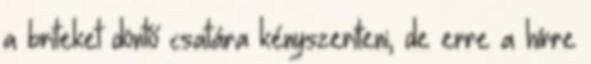
a briteket döntő csatára kényszeríteni, de erre a hírre